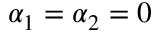
\alpha _ { 1 } = \alpha _ { 2 } = 0